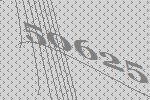
50625